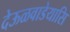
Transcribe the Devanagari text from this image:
देऊळवाडेयासि